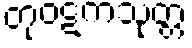
တုဝဋကသုတ္တ